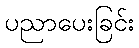
ပညာပေးခြင်း